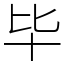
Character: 毕